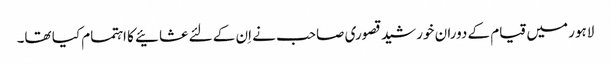
لاہور میں قیام کے دوران خورشید قصوری صاحب نے اِن کے لئے عشائیے کا اہتمام کیا تھا۔